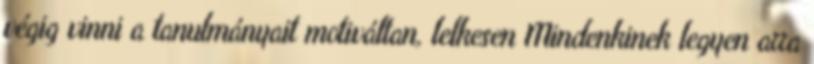
végig vinni a tanulmányait motiváltan, lelkesen Mindenkinek legyen arra